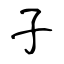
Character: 子